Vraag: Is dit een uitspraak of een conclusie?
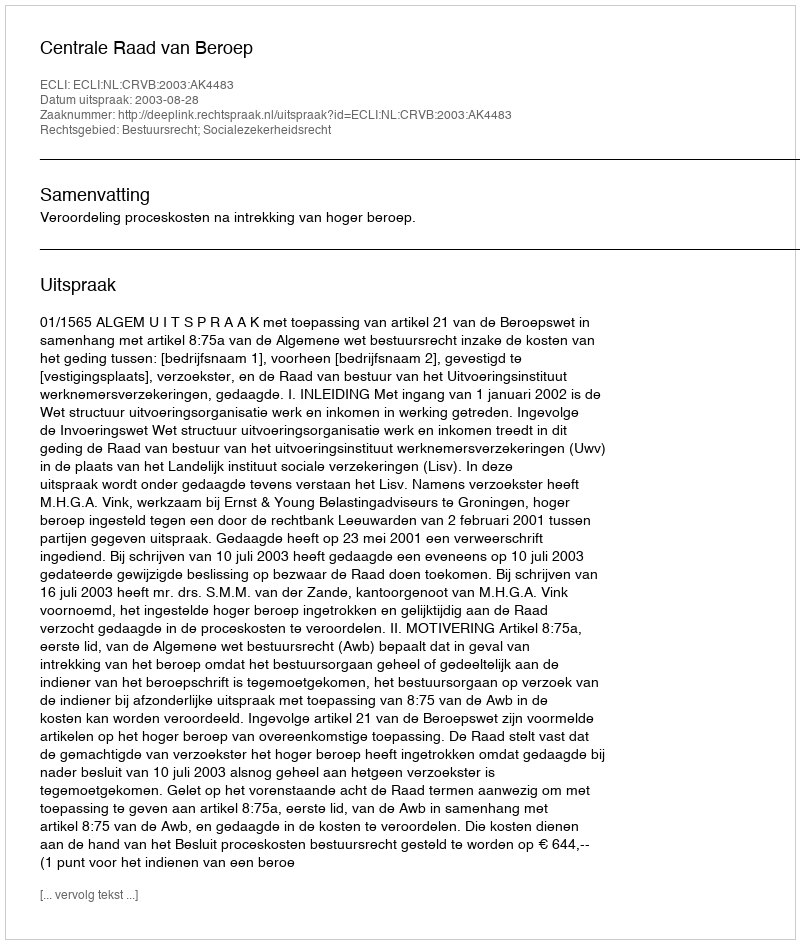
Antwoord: Uitspraak